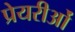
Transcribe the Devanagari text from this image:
प्रेयरीओं